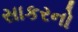
સાકરનો